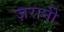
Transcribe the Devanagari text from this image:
ज़रानी